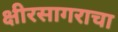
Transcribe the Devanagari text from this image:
क्षीरसागराचा